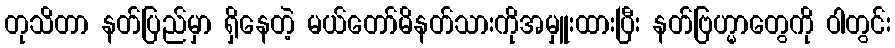
တုသိတာ နတ်ပြည်မှာ ရှိနေတဲ့ မယ်တော်မိနတ်သားကိုအမှူးထားပြီး နတ်ဗြဟ္မာတွေကို ဝါတွင်း